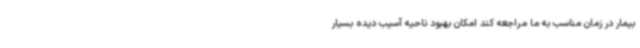
بیمار در زمان مناسب به ما مراجعه کند امکان بهبود ناحیه آسیب دیده بسیار